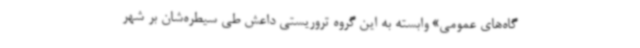
گاه‌های عمومی» وابسته به این گروه تروریستی داعش طی سیطره‌شان بر شهر